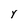
Character: Y